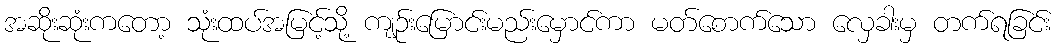
အဆိုးဆုံးကတော့ သုံးထပ်အမြင့်သို့ ကျဉ်းမြောင်းမည်းမှောင်ကာ မတ်စောက်သော လှေခါးမှ တက်ရခြင်း